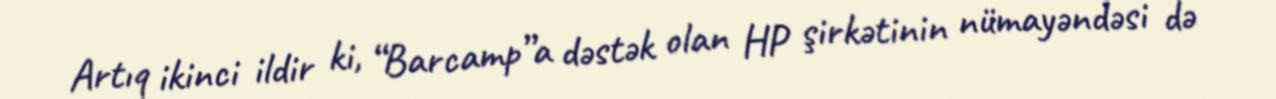
Artıq ikinci ildir ki, “Barcamp”a dəstək olan HP şirkətinin nümayəndəsi də